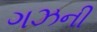
ગઝની